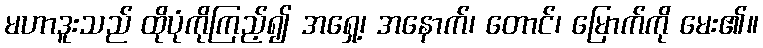
မဟာဒူးသည် ထိုပုံကိုကြည့်၍ အရှေ့၊ အနောက်၊ တောင်၊ မြောက်ကို မေး၏။